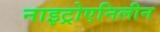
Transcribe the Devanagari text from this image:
नाइट्रोएनिलीन